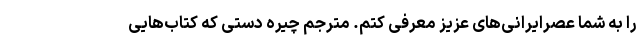
را به شما عصرایرانی‌های عزیز معرفی کتم. مترجم چیره دستی که کتاب‌هایی